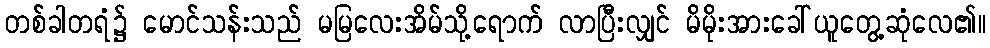
တစ်ခါတရံ၌ မောင်သန်းသည် မမြလေးအိမ်သို့ရောက် လာပြီးလျှင် မိမိုးအားခေါ်ယူတွေ့ဆုံလေ၏။